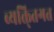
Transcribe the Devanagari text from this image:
व्यक्ति्तगत